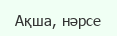
Ақша, нәрсе